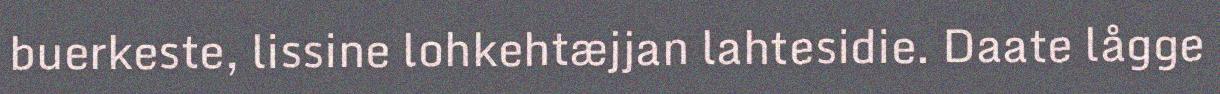
buerkeste, lissine lohkehtæjjan lahtesidie. Daate lågge